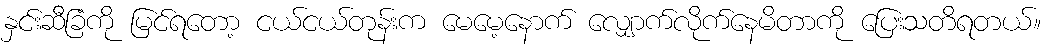
နှင်းဆီခြံကို မြင်ရတော့ ငယ်ငယ်တုန်းက မေမေ့နောက် လျှောက်လိုက်နေမိတာကို ပြေးသတိရတယ်။